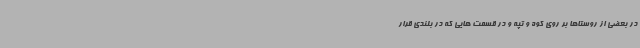
در بعضی از روستاها بر روی کوه و تپه و در قسمت هایی که در بلندی قرار